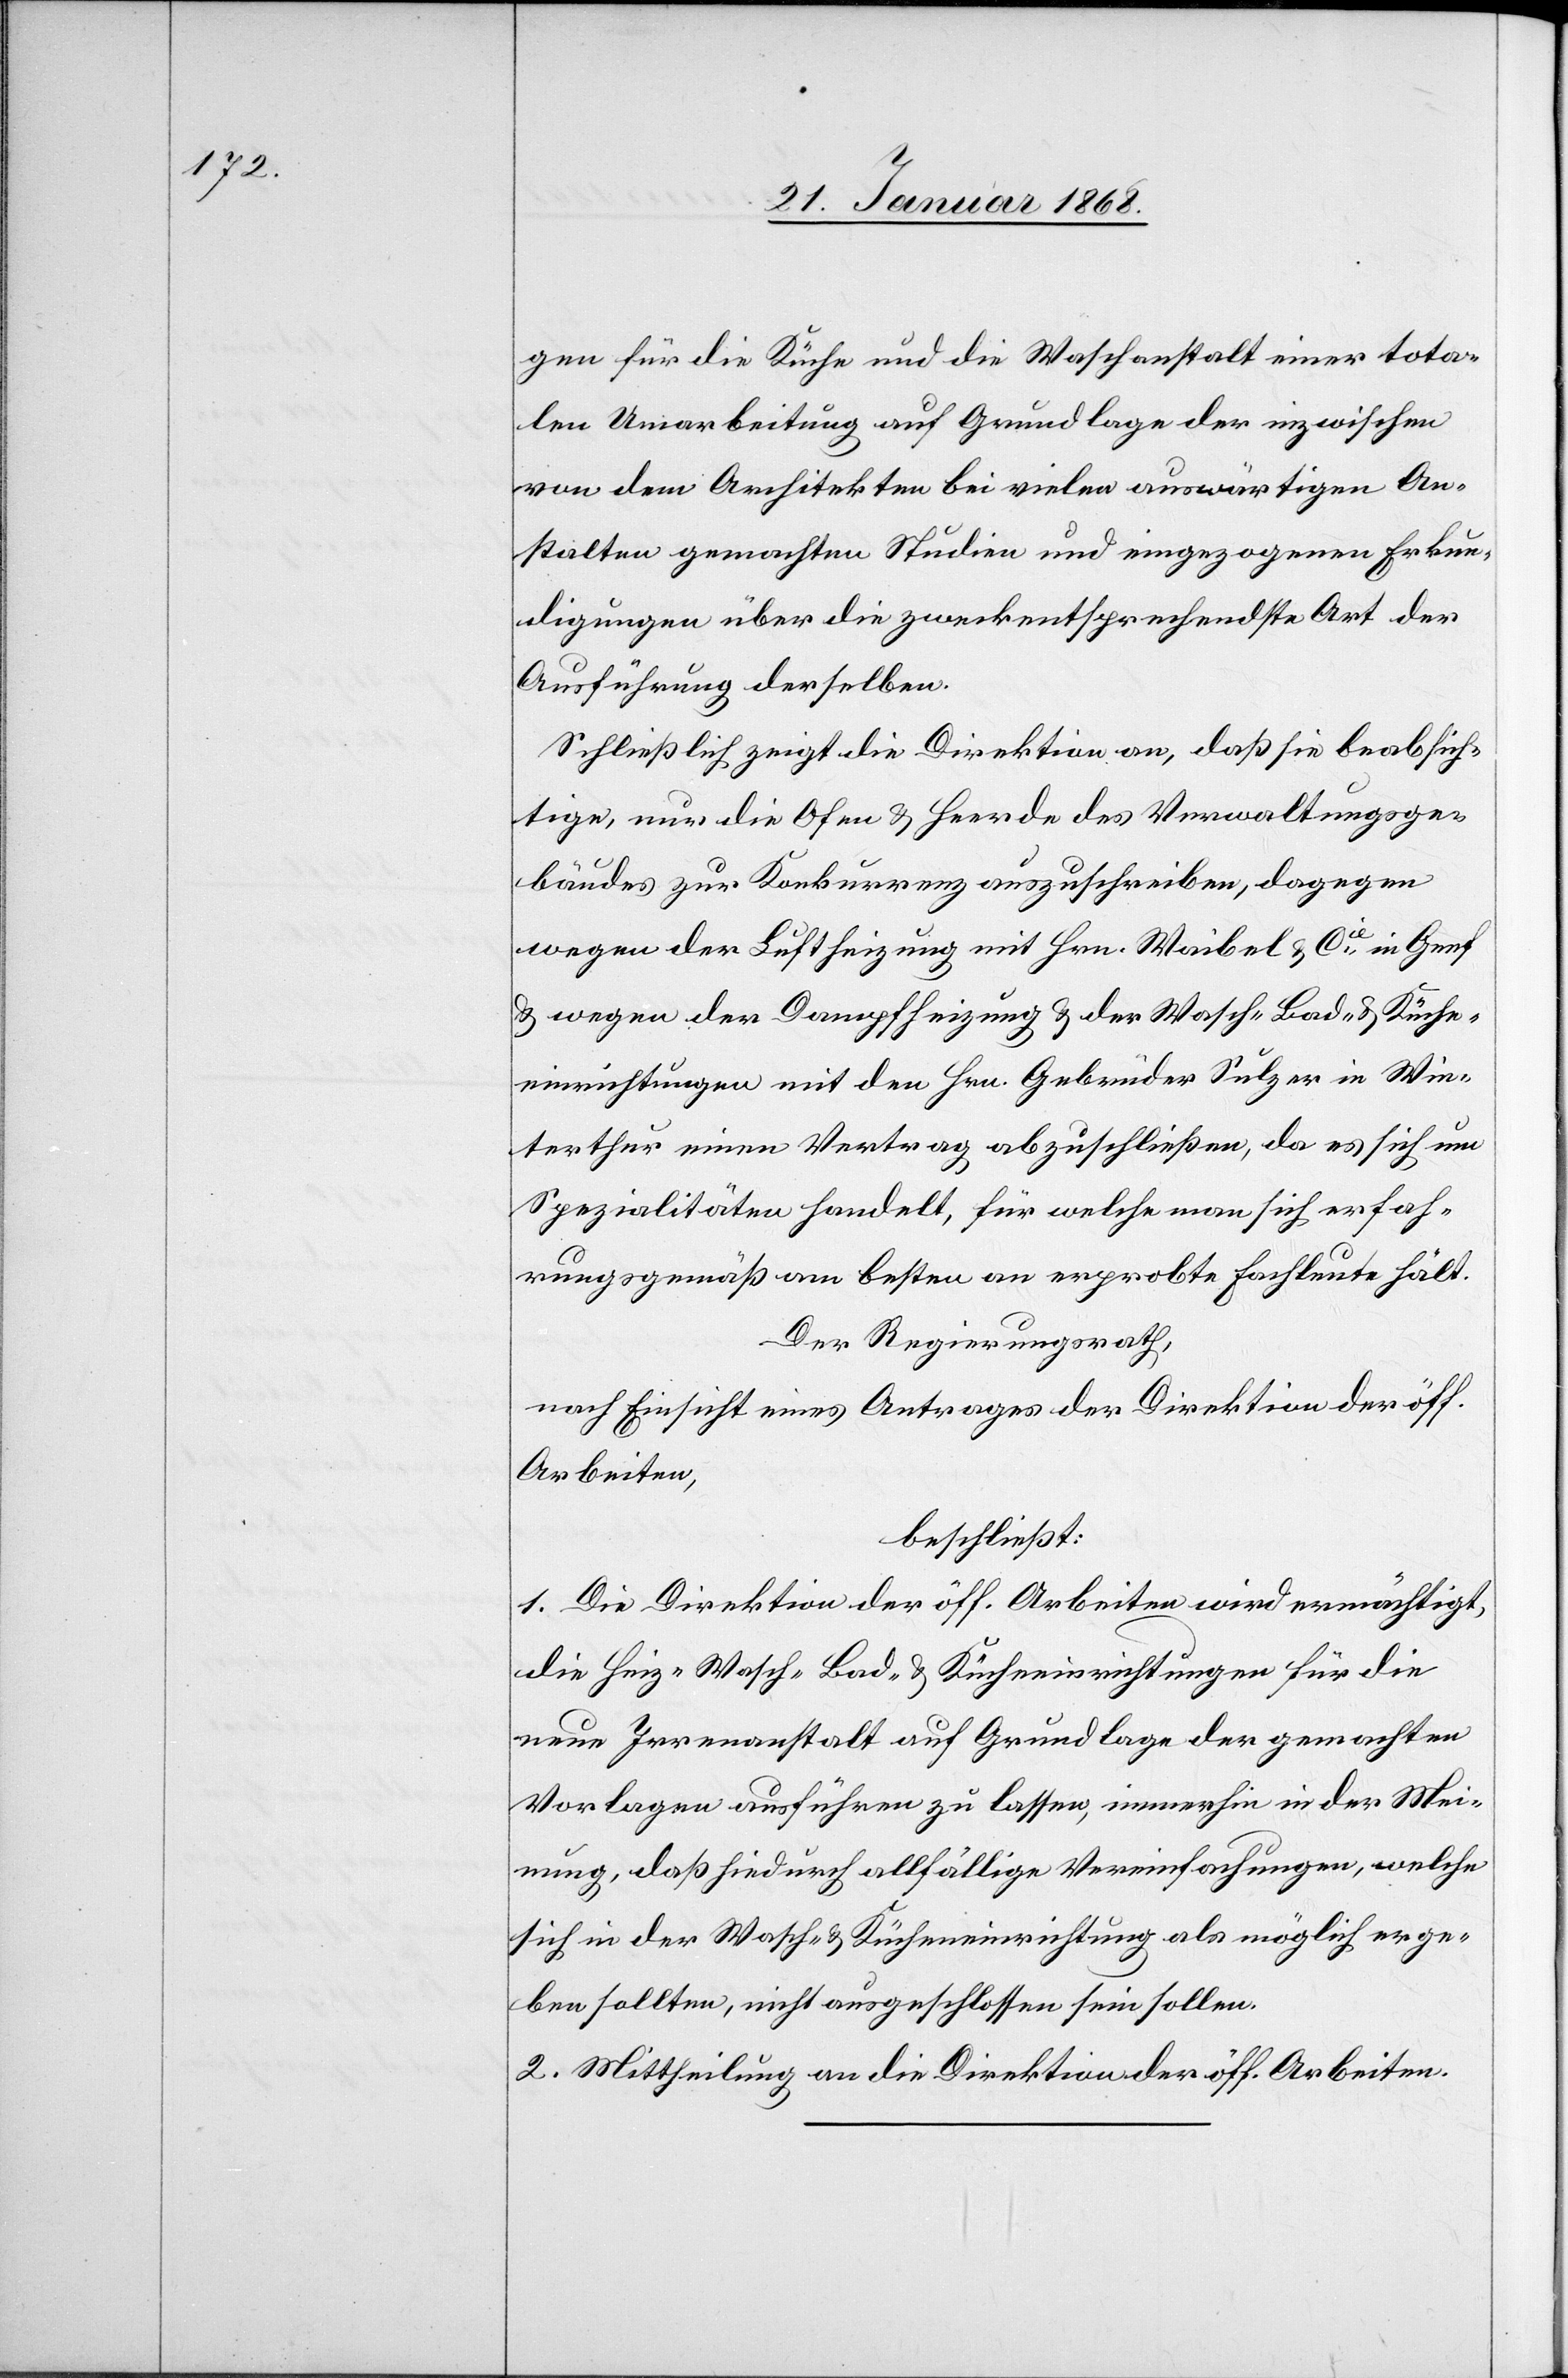
gen für die Küche und die Waschanstalt einer tota¬
len Umarbeitung auf Grundlage der inzwischen
von dem Architekten bei vielen auswärtigen An¬
stalten gemachten Studien und eingezogenen Erkun¬
digungen über die zweckentsprechendste Art der
Ausführung derselben.
Schließlich zeigt die Direktion an, daß sie beabsich¬
tige, nur die Ofen & Heerde des Verwaltungsge¬
bäudes zur Konkurrenz auszuschreiben, dagegen
wegen der Luftheizung mit Hrn. Waibel & Cie. in Genf
& wegen der Dampfheizung & der Wasch-[,] Bad- & Küche¬
einrichtungen mit den Hrn. Gebrüder Sulzer in Win¬
terthur einen Vertrag abzuschließen, da es sich um
Spezialitäten handelt, für welche man sich erfah¬
rungsgemäß am besten an erprobte Fachleute hält.
Der Regierungsrath,
nach Einsicht eines Antrages der Direktion der öff.
Arbeiten,
beschließt:
1. Die Direktion der öff. Arbeiten wird ermächtigt,
die Heiz-[,] Wasch-[,] Bad- & Kücheeinrichtungen für die
neue Irrenanstalt auf Grundlage der gemachten
Vorlagen ausführen zu lassen, immerhin in der Mei¬
nung, daß hiedurch allfällige Vereinfachungen, welche
sich in der Wasch- & Kücheneinrichtung als möglich erge¬
ben sollten, nicht ausgeschlossen sein sollen.
2. Mittheilung an die Direktion der öff. Arbeiten.